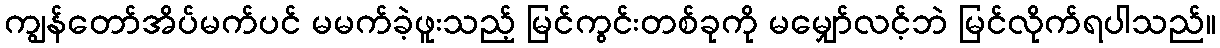
ကျွန်တော်အိပ်မက်ပင် မမက်ခဲ့ဖူးသည့် မြင်ကွင်းတစ်ခုကို မမျှော်လင့်ဘဲ မြင်လိုက်ရပါသည်။